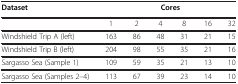
<table><thead><tr><td><b>Dataset</b></td><td colspan="6"><b>Cores</b></td></tr></thead><tbody><tr><td> </td><td>1</td><td>2</td><td>4</td><td>8</td><td>16</td><td>32</td></tr><tr><td>Windshield Trip A (left)</td><td>163</td><td>86</td><td>48</td><td>31</td><td>21</td><td>15</td></tr><tr><td>Windshield Trip B (left)</td><td>204</td><td>98</td><td>55</td><td>35</td><td>21</td><td>16</td></tr><tr><td>Sargasso Sea (Sample 1)</td><td>109</td><td>59</td><td>35</td><td>21</td><td>13</td><td>10</td></tr><tr><td>Sargasso Sea (Samples 2–4)</td><td>113</td><td>67</td><td>39</td><td>23</td><td>14</td><td>10</td></tr></tbody></table>